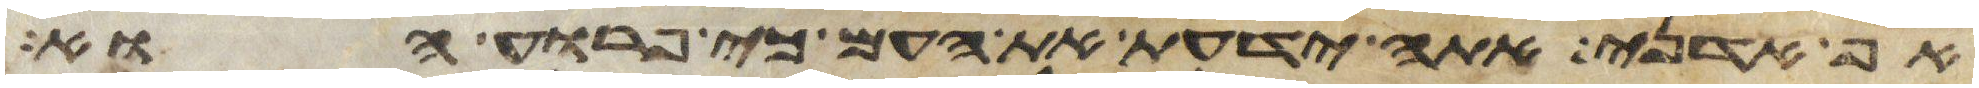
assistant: אף אדני אתה ידעת את העם כי פרוע הוא